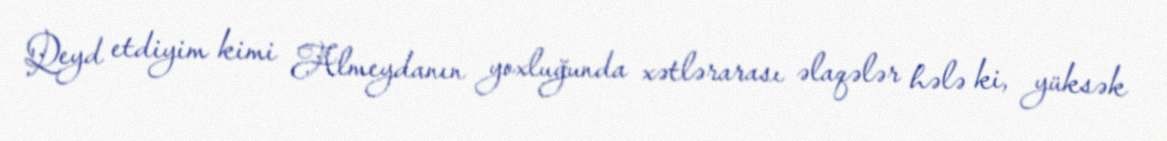
Qeyd etdiyim kimi Almeydanın yoxluğunda xətlərarası əlaqələr hələ ki, yüksək